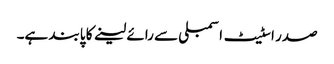
صدر اسٹیٹ اسمبلی سے رائے لینے کا پابند ہے۔